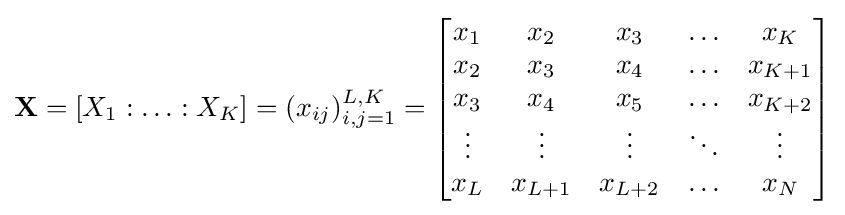
\mathbf {X} =[X_{1}:\ldots :X_{K}]=(x_{ij})_{i,j=1}^{L,K}={\begin{bmatrix}x_{1}&x_{2}&x_{3}&\ldots &x_{K}\\x_{2}&x_{3}&x_{4}&\ldots &x_{K+1}\\x_{3}&x_{4}&x_{5}&\ldots &x_{K+2}\\\vdots &\vdots &\vdots &\ddots &\vdots \\x_{L}&x_{L+1}&x_{L+2}&\ldots &x_{N}\\\end{bmatrix}}